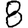
Digit: 8